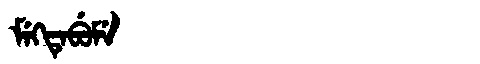
Manchu: ᠮᡝᡴᡨᡝᠪᡠᠮᡝ
Romanization: MEKTEBUME